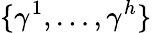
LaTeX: \{ \gamma^{1},\ldots,\gamma^{h}\}